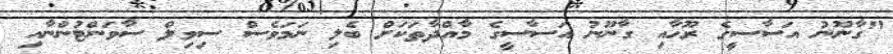
"ގާނޫނު އަސާސީގެ ރޫހާއި ގާނޫނު އަސާސީގެ މާއްދާތަކަށް ބެލި ނަމަވެސް ސިވިލް ސާވަންޓުންނާއި